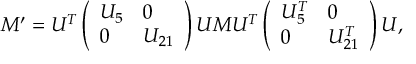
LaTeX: M ^ { \prime } = { \cal U } ^ { T } \left( \begin{array} { l l } { { U _ { 5 } } } & { { 0 } } \\ { { 0 } } & { { U _ { 2 1 } } } \end{array} \right) { \cal U } M { \cal U } ^ { T } \left( \begin{array} { l l } { { U _ { 5 } ^ { T } } } & { { 0 } } \\ { { 0 } } & { { U _ { 2 1 } ^ { T } } } \end{array} \right) { \cal U } ,